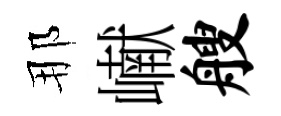
那𪩘艘